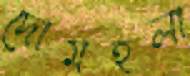
দোমহলা